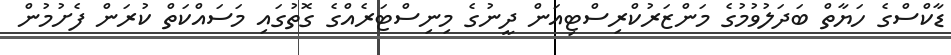
ޑާކްސްގެ ހަޔާތް ބަދަލުވުމުގެ މަންޒަރުކްރިސްޓިއަން ދީނުގެ މިނިސްޓަރެއްގެ ގޮތުގައި މަސައްކަތް ކުރަން ފެށުމުން